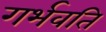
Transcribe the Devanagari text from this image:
गर्भवति